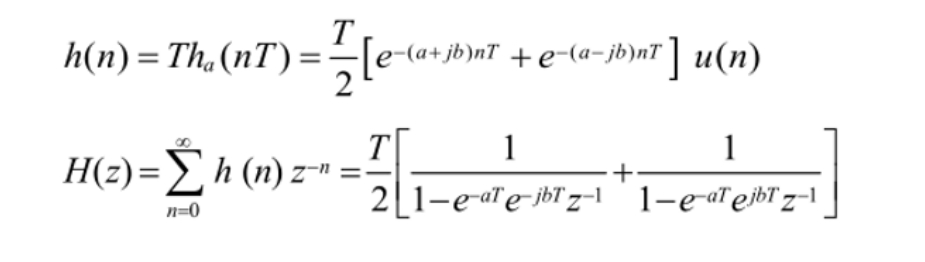
\[
\begin{align*}
h(n)&=Th_a(nT)=\frac{T}{2}\left[e^{-(a + jb)nT}+e^{-(a - jb)nT}\right]u(n)\\
H(z)&=\sum_{n = 0}^{\infty}h(n)z^{-n}=\frac{T}{2}\left[\frac{1}{1 - e^{-aT}e^{-jbT}z^{-1}}+\frac{1}{1 - e^{-aT}e^{jbT}z^{-1}}\right]
\end{align*}
\]